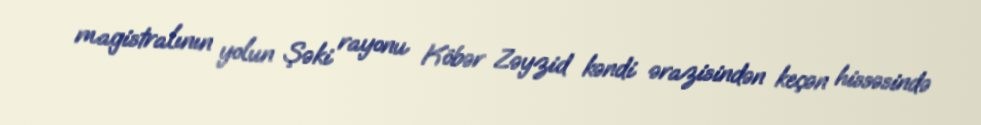
magistralının yolun Şəki rayonu Köbər Zəyzid kəndi ərazisindən keçən hissəsində